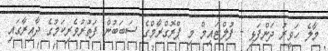
މާލެ ހަވީރު ދަންފަޅި - ފުލްޓައިމް މި ޕްރޮގްރާމްގެ ސަބަބުން ފަތުރުވެރިކަމުގެ ދާއިރާގައި